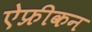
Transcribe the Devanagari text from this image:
ऐफ्रीकन